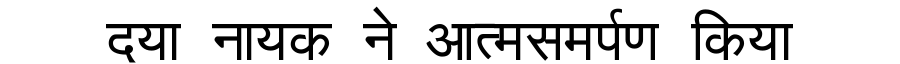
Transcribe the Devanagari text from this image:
दया नायक ने आत्मसमर्पण किया